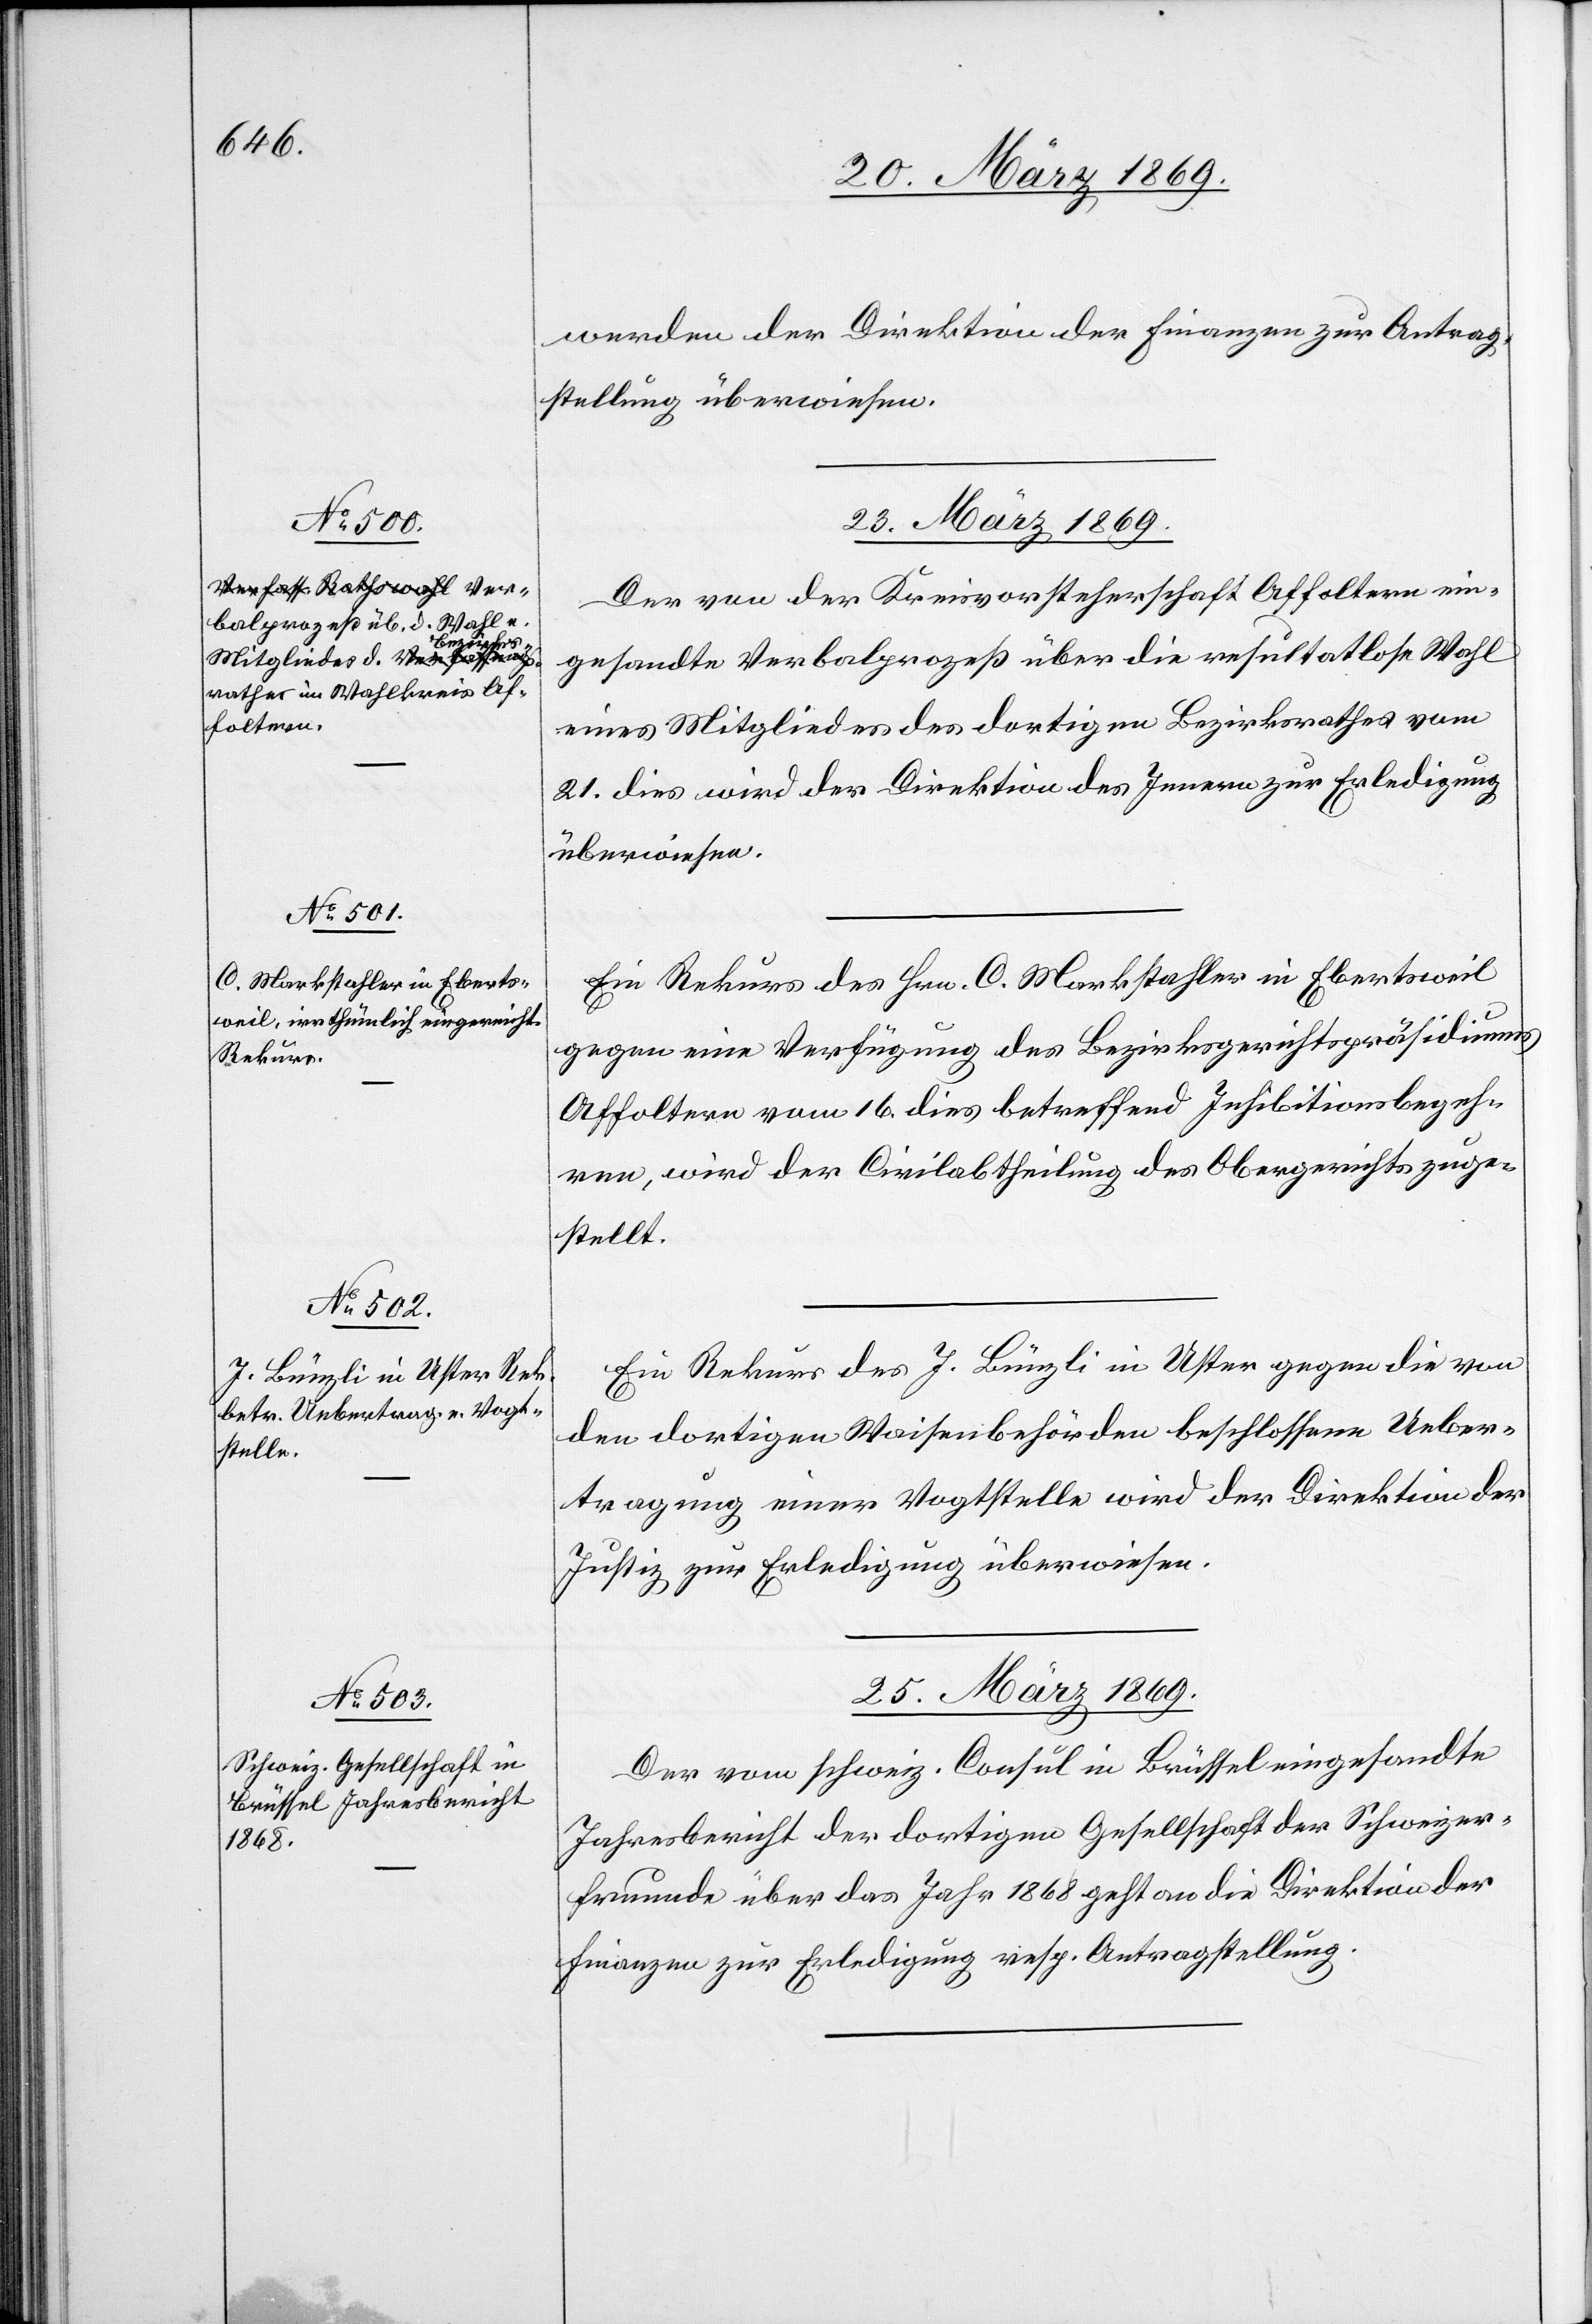
werden der Direktion der Finanzen zur Antrag¬
stellung überwiesen.
23 März 1869.
Der von der Kreisvorsteherschaft Affoltern ein¬
gesandte Verbalprozeß über die resultatlose Wahl
eines Mitgliedes des dortigen Bezirksrathes vom
21. dies wird der Direktion des Innern zur Erledigung
überwiesen.
Ein Rekurs des Hrn. C. Markstahler in Ebertsweil
gegen eine Verfügung des Bezirksgerichtspräsidiums
Affoltern vom 16. dies betreffend Inhibitionsbegeh¬
ren, wird der Civilabtheilung des Obergerichts zuge¬
stellt.
Ein Rekurs des J. Bünzli in Uster gegen die von
den dortigen Waisenbehörden beschlossene Ueber¬
tragung einer Vogtstelle wird der Direktion der
Justiz zur Erledigung überwiesen.
25. März 1869.
Der vom schweiz. Consul in Brüssel eingesandte
Jahresbericht der dortigen Gesellschaft der Schweizer¬
freunde über das Jahr 1868 geht an die Direktion der
Finanzen zur Erledigung resp. Antragstellung.